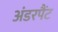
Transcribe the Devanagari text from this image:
अंडरपैंट